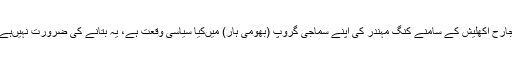
جارح اکھلیش کے سامنے کنگ مہندر کی اپنے سماجی گروپ (بھومی ہار) میںکیا سیاسی وقعت ہے، یہ بتانے کی ضرورت نہیںہے۔